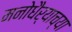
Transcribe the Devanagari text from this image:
मनोधैर्याच्या